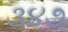
૩૪૭